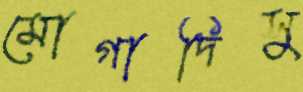
মোগাদিসু